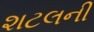
શટલની